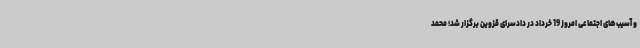
و آسیب‌های اجتماعی امروز 19 خرداد در دادسرای قزوین برگزار شد؛ محمد